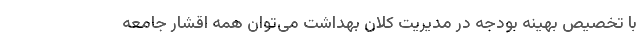
با تخصیص بهینه بودجه در مدیریت کلان بهداشت می‌توان همه اقشار جامعه